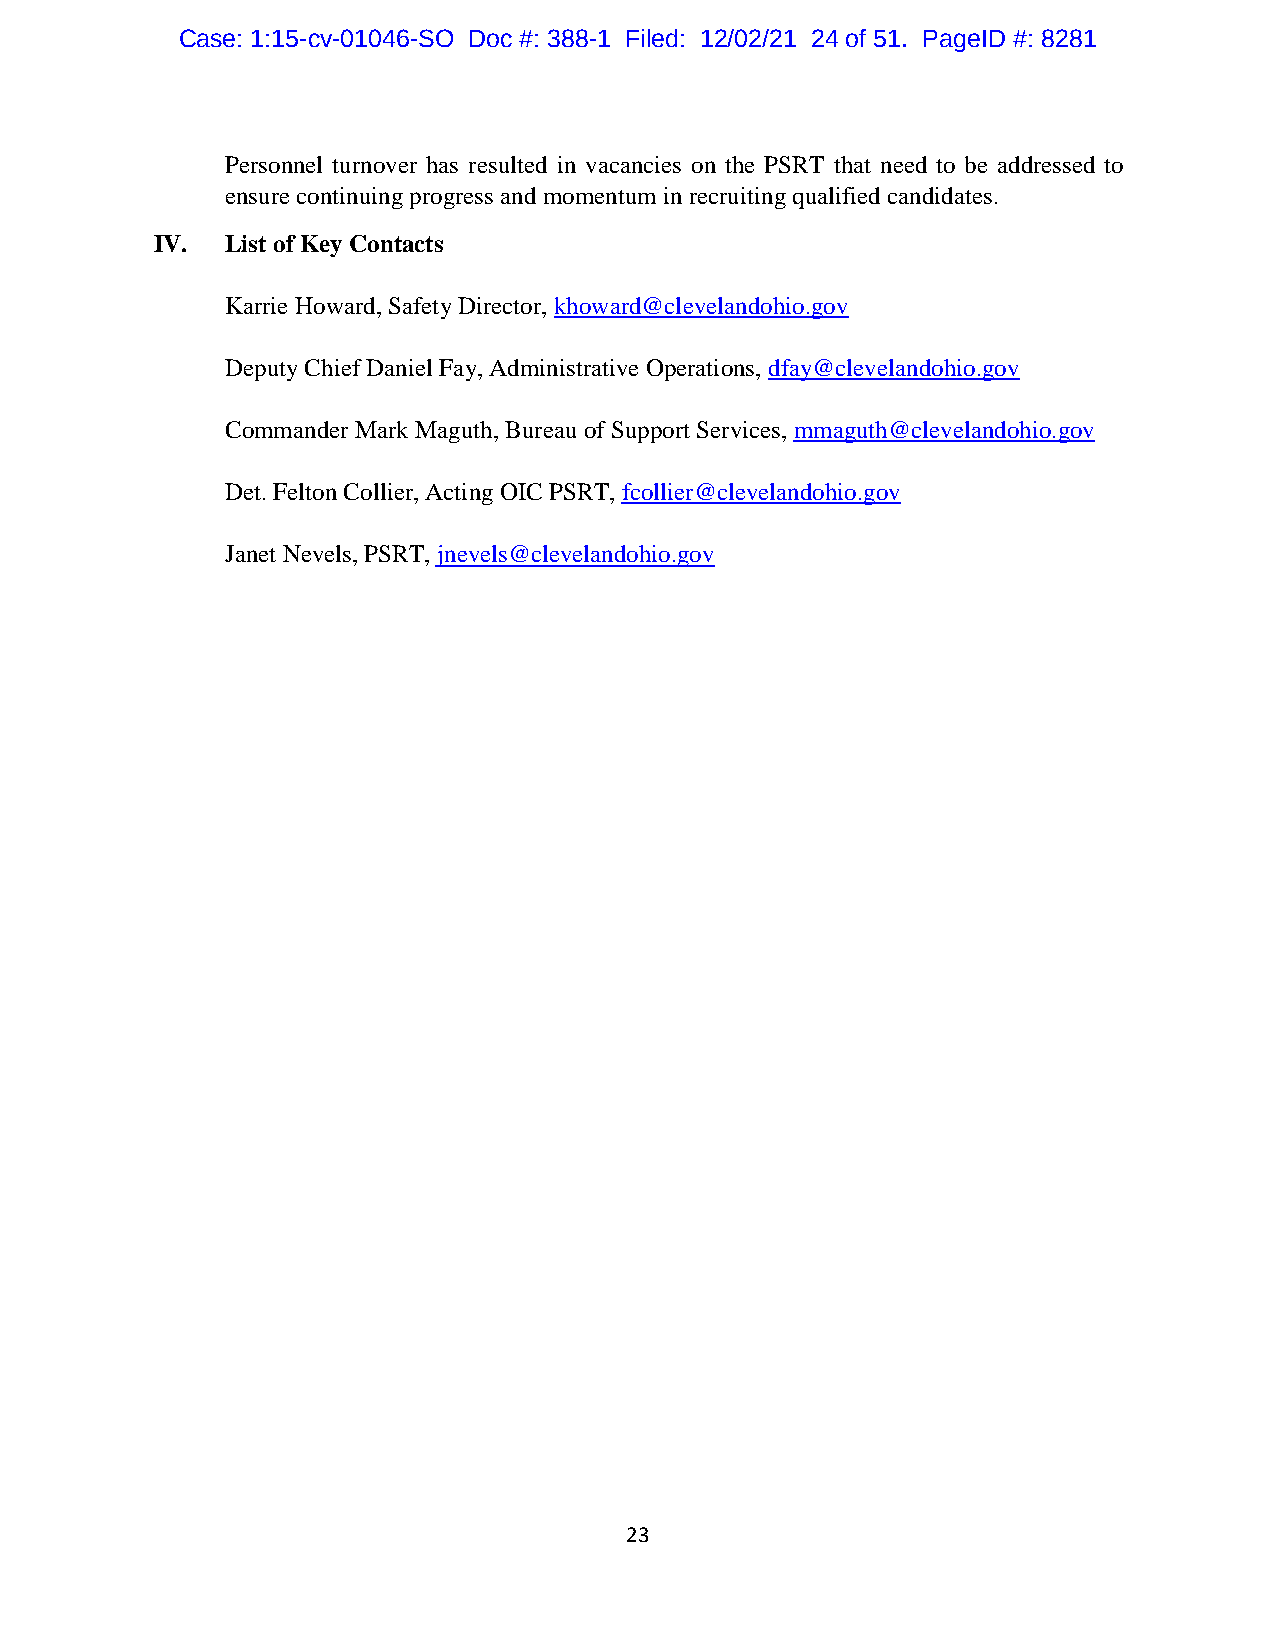
Case: 1:15-cv-01046-SO Doc #: 388-1 Filed: 12/02/21 24 of 51. PageID #: 8281
 Personnel turnover has resulted in vacancies on the PSRT that need to be addressed to
 ensure continuing progress and momentum in recruiting qualified candidates.
 IV.  List of Key Contacts
 Karrie Howard, Safety Director, khoward@clevelandohio.gov
 Deputy Chief Daniel Fay, Administrative Operations, dfay@clevelandohio.gov
 Commander Mark Maguth, Bureau of Support Services, mmaguth@clevelandohio.gov
 Det. Felton Collier, Acting OIC PSRT, fcollier@clevelandohio.gov
 Janet Nevels, PSRT, jnevels@clevelandohio.gov
 23